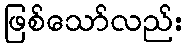
ဖြစ်သော်လည်း